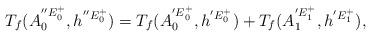
LaTeX: \begin{align*}\begin{aligned}T_{f}(A^{{''E}^{+}_{0}}_{0}, h^{{''E}^{+}_{0}})=T_{f}(A^{{'E}^{+}_{0}}_{0}, h^{{'E}^{+}_{0}})+T_{f}(A^{{'E}^{+}_{1}}_{1}, h^{{'E}^{+}_{1}}),\end{aligned}\end{align*}